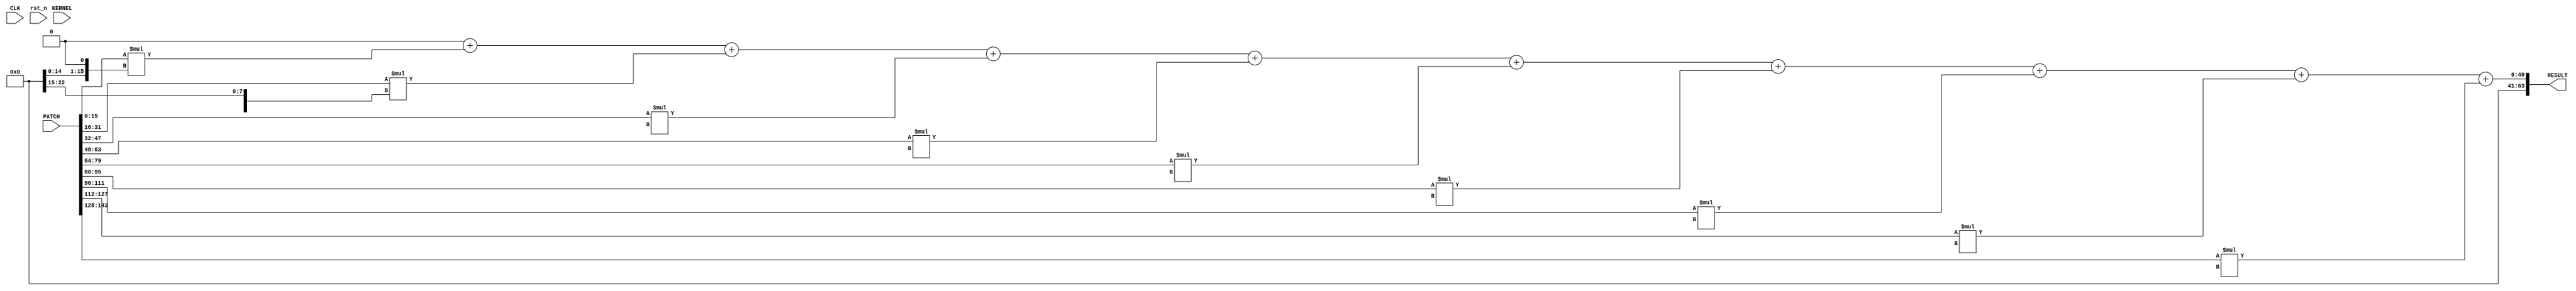
module conv (
    CLK,
    rst_n,
    //usb interface
    PATCH,
    KERNEL,
    RESULT
);
parameter KERNEL_SIZE = 3;
    input CLK;
    input rst_n;
    input  wire [KERNEL_SIZE*KERNEL_SIZE*16-1:0] PATCH;
    input  wire [KERNEL_SIZE*KERNEL_SIZE*16-1:0] KERNEL;
    output wire [63:0] RESULT;

    reg [63:0] reg_output;
    assign RESULT = reg_output;

    reg [15:0] PIXELS [KERNEL_SIZE*KERNEL_SIZE];
    reg [15:0] KERNEL_WEIGHT [KERNEL_SIZE*KERNEL_SIZE];
    reg [31:0] TEMP_RES [KERNEL_SIZE*KERNEL_SIZE];
    integer i;
    integer j;
    always @(*) begin
        for(i=0; i < KERNEL_SIZE*KERNEL_SIZE; i=i+1)
            // TEMP_RES[i] = PATCH[(i+1)*16-1:i*16]*KERNEL[(i+1)*16-1:i*16];
            for(j=0; j < 16; j=j+1)
                PIXELS[i][j] = PATCH[i*16+j];
                KERNEL_WEIGHT[i][j] = KERNEL[i*16+j];
    end

    always @(*) begin
        for(i=0; i < KERNEL_SIZE*KERNEL_SIZE; i=i+1)
            TEMP_RES[i] = PIXELS[i]*KERNEL_WEIGHT[i];
    end

    always @(*) begin
        reg_output = 0;
        for(i=0; i < KERNEL_SIZE*KERNEL_SIZE; i=i+1)
            reg_output = reg_output + {32'd0, TEMP_RES[i]};
    end
endmodule